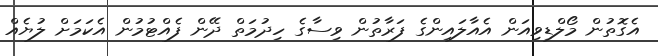
އެގޮތުން މޯލްޑިވިއަން އެއާލައިންގެ ފަރާތުން ވިސާގެ ހިދުމަތް ދޭން ފެއްޓުމުން އެކަމަށް ލުޔެއް